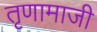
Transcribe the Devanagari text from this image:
तृणामाजी